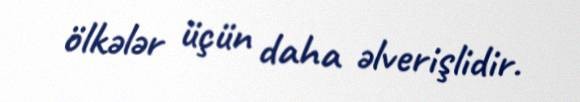
ölkələr üçün daha əlverişlidir.